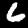
Digit: 6